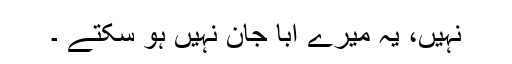
نہیں، یہ میرے ابا جان نہیں ہو سکتے ۔